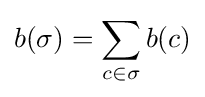
b(\sigma )=\sum _{c\in \sigma }b(c)